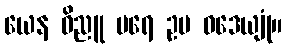
ယေန ဝိညူ ပရေ ဥပ ဝဒေယျုံ။